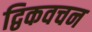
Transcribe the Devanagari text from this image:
द्विकवचन